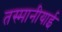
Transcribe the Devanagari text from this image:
तस्मानीयाई